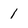
Character: 1